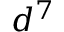
d ^ { 7 }